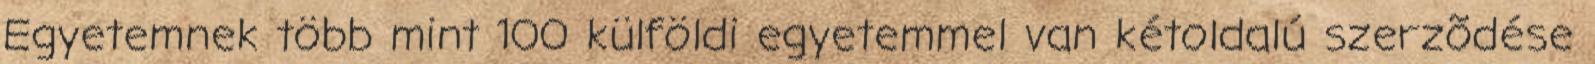
Egyetemnek több mint 100 külföldi egyetemmel van kétoldalú szerzõdése